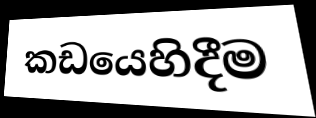
කඩයෙහිදීම